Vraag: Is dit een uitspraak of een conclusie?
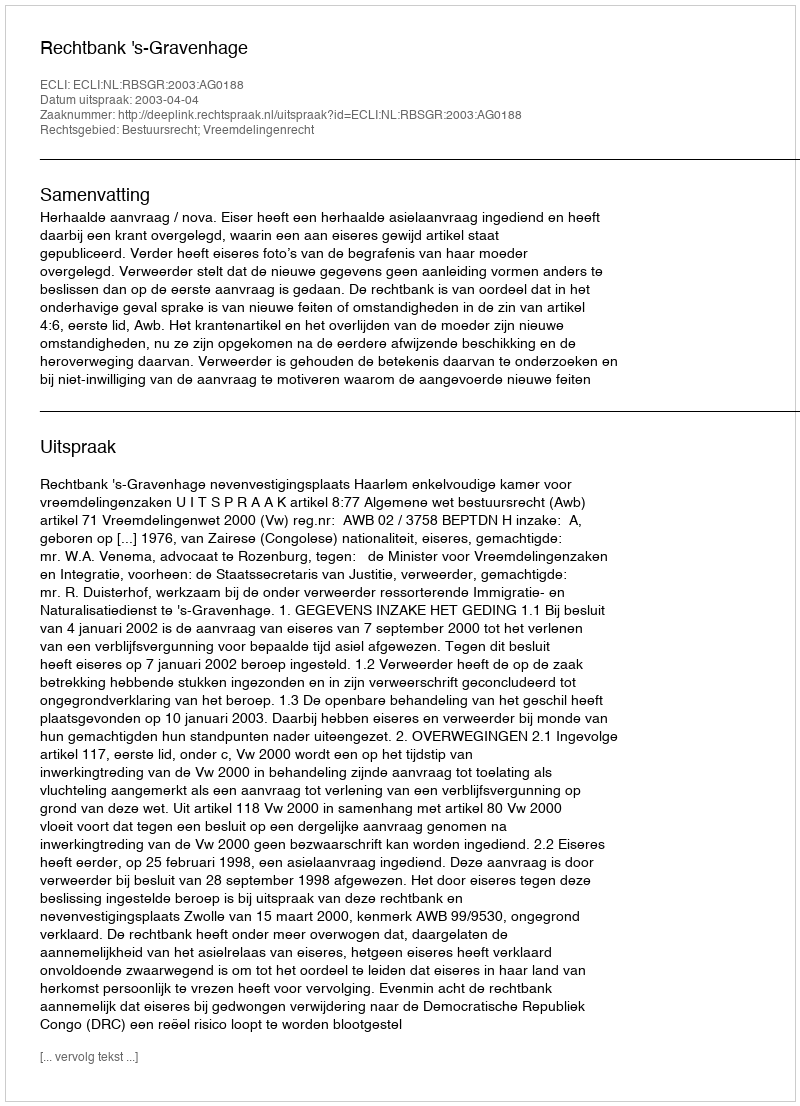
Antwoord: Uitspraak